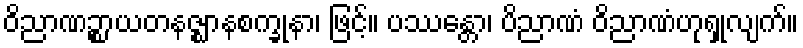
ဝိညာဏဉ္စာယတနဇ္ဈာနစက္ခုနာ၊ ဖြင့်။ ပဿန္တော၊ ပိညာဏံ ဝိညာဏံဟုရှုလျက်။